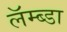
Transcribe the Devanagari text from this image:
लॅम्ब्डा